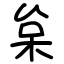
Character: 枲